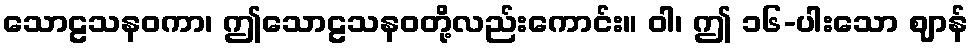
သောဠသနဝကာ၊ ဤသောဠသနဝတို့လည်းကောင်း။ ဝါ၊ ဤ ၁၆-ပါးသော ဈာန်